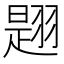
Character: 𦑡